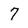
Character: 7